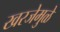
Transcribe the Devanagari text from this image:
खरजेमुळे